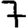
Digit: 7